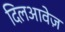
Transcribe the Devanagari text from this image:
दिलआवेज़